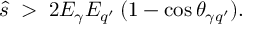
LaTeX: \hat { s } \; > \; 2 E _ { \gamma } E _ { q ^ { \prime } } \: ( 1 - \cos \theta _ { \gamma q ^ { \prime } } ) .